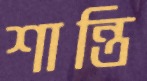
শান্তি